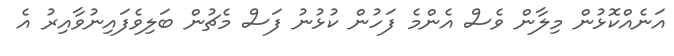
އަނެއްކޮޅުން މިލާން ވެސް އެންމެ ފަހުން ކުޅުނު ފަސް މެޗުން ބަލިވެފައިނުވާއިރު އެ